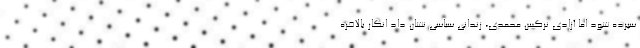
سپرده شود اما آزادی نرگس محمدی، زندانی سیاسی نشان داد انگار بالاخره